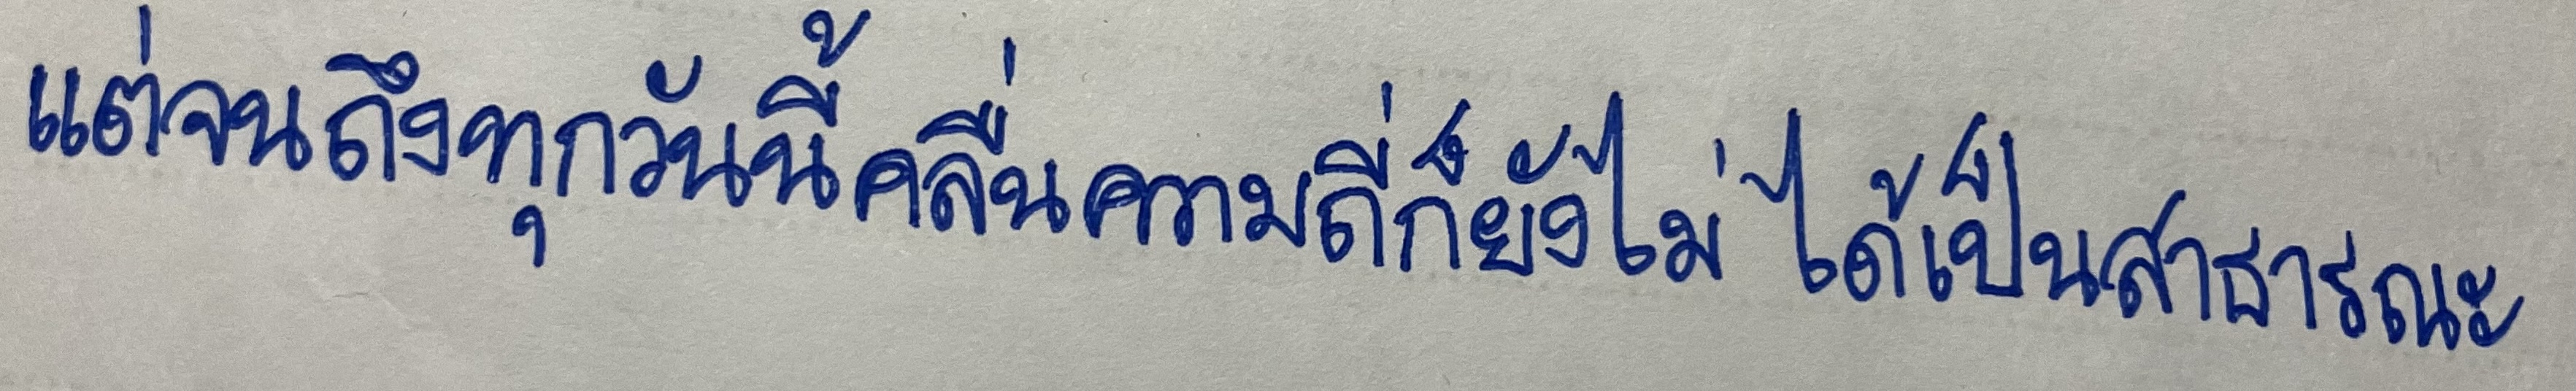
แต่จนถึงทุกวันนี้คลื่นความถี่ก็ยังไม่ได้เป็นสาธารณะ